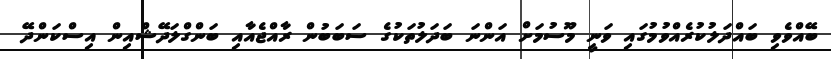
ބޭއްވެވި ބައްދަލުކުރެއްވުމުގައި ވަނީ މޫސުމަށް އަންނަ ބަދަލުތަކުގެ ސަބަބުން ރާއްޖެއާއި ބަންގްލަދޭޝްއިން އިސްކަންދޭ